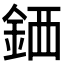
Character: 𫒖